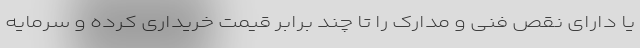
یا دارای نقص فنی و مدارک را تا چند برابر قیمت خریداری کرده و سرمایه